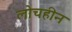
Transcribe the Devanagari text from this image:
लोचहीन